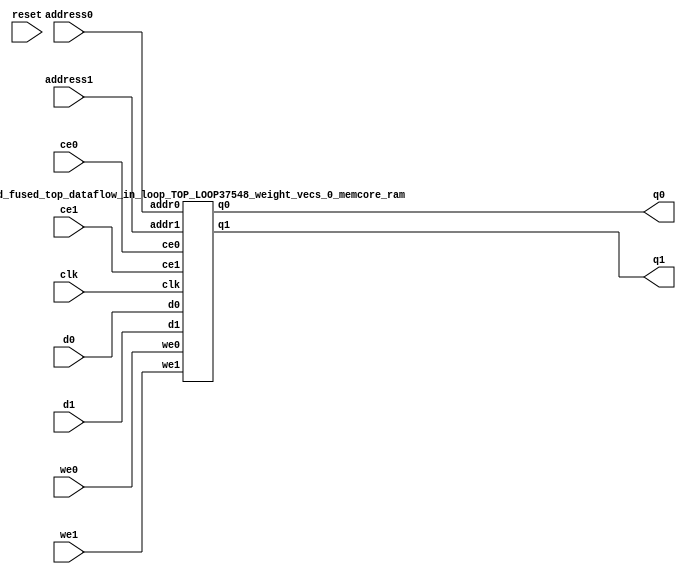
`define EXPONENT 5
`define MANTISSA 10
`define ACTUAL_MANTISSA 11
`define EXPONENT_LSB 10
`define EXPONENT_MSB 14
`define MANTISSA_LSB 0
`define MANTISSA_MSB 9
`define MANTISSA_MUL_SPLIT_LSB 3
`define MANTISSA_MUL_SPLIT_MSB 9
`define SIGN 1
`define SIGN_LOC 15
`define DWIDTH (`SIGN+`EXPONENT+`MANTISSA)
`define IEEE_COMPLIANCE 1

module td_fused_top_dataflow_in_loop_TOP_LOOP37548_weight_vecs_0_memcore(
    reset,
    clk,
    address0,
    ce0,
    we0,
    d0,
    q0,
    address1,
    ce1,
    we1,
    d1,
    q1);

parameter DataWidth = 32'd16;
parameter AddressRange = 32'd576;
parameter AddressWidth = 32'd10;
input reset;
input clk;
input[AddressWidth - 1:0] address0;
input ce0;
input we0;
input[DataWidth - 1:0] d0;
output[DataWidth - 1:0] q0;
input[AddressWidth - 1:0] address1;
input ce1;
input we1;
input[DataWidth - 1:0] d1;
output[DataWidth - 1:0] q1;



td_fused_top_dataflow_in_loop_TOP_LOOP37548_weight_vecs_0_memcore_ram td_fused_top_dataflow_in_loop_TOP_LOOP37548_weight_vecs_0_memcore_ram_U(
    .clk( clk ),
    .addr0( address0 ),
    .ce0( ce0 ),
    .we0( we0 ),
    .d0( d0 ),
    .q0( q0 ),
    .addr1( address1 ),
    .ce1( ce1 ),
    .we1( we1 ),
    .d1( d1 ),
    .q1( q1 )
);

endmodule
module td_fused_top_dataflow_in_loop_TOP_LOOP37548_weight_vecs_0_memcore_ram (addr0, ce0, d0, we0, q0, addr1, ce1, d1, we1, q1,  clk);

parameter DWIDTH = 16;
parameter AWIDTH = 10;
parameter MEM_SIZE = 576;

input[AWIDTH-1:0] addr0;
input ce0;
input[DWIDTH-1:0] d0;
input we0;
output reg[DWIDTH-1:0] q0;
input[AWIDTH-1:0] addr1;
input ce1;
input[DWIDTH-1:0] d1;
input we1;
output reg[DWIDTH-1:0] q1;
input clk;

reg [DWIDTH-1:0] ram[MEM_SIZE-1:0];




always @(posedge clk)  
begin 
    if (ce0) begin
        if (we0) 
            ram[addr0] <= d0; 
        q0 <= ram[addr0];
    end
end


always @(posedge clk)  
begin 
    if (ce1) begin
        if (we1) 
            ram[addr1] <= d1; 
        q1 <= ram[addr1];
    end
end


endmodule